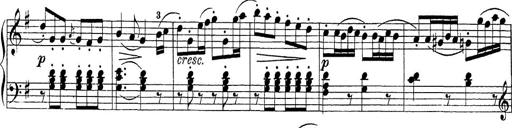
Title: Sonatina Album
Composer: Louis KÃ¶hler